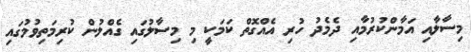
މިސާލާއި އަމާންކުރުމާއި ދެމެދު ހުރި އެއްގޮތް ކަމަކީ މި މިސާލުގައި ގެއްލުން ކުރިމަތިވުމުގައި